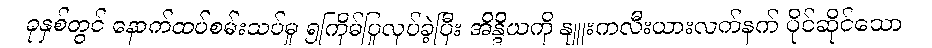
ခုနှစ်တွင် နောက်ထပ်စမ်းသပ်မှု ၅ကြိမ်ပြုလုပ်ခဲ့ပြီး အိန္ဒိယကို နျူးကလီးယားလက်နက် ပိုင်ဆိုင်သော